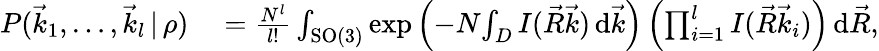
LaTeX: \begin{array}{rl}{P(\vec{k}_{1},\dots,\vec{k}_{l}\, |\, \rho)}&{{}=\frac{N^{l}}{l!}\int_{\mathrm{SO}(3)}\exp\left(-N\! \int_{D}I(\vec{R}\vec{k})\, \mathrm d\vec{k}\right)\left(\prod_{i=1}^{l}I(\vec{R}\vec{k}_{i})\right)\, \mathrm d\vec{R},}\end{array}